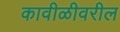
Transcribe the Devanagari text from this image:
कावीळीवरील